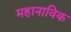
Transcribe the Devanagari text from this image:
महानाविक